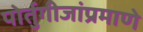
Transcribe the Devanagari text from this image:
पोर्तुगीजांप्रमाणे